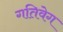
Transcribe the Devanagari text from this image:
गतिवेग